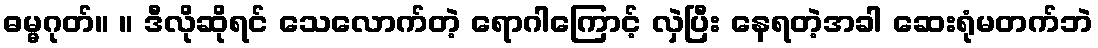
ဓမ္မဂုတ်။ ။ ဒီလိုဆိုရင် သေလောက်တဲ့ ရောဂါကြောင့် လှဲပြီး နေရတဲ့အခါ ဆေးရုံမတက်ဘဲ